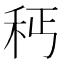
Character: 𥝽